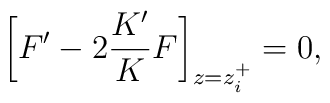
\bigg[F'-2\frac{K'}{K}F\bigg]_{z=z_i^+}=0,